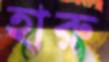
হারু